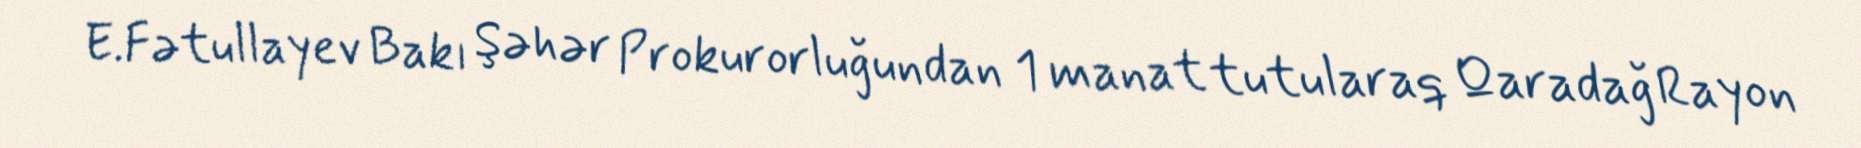
E.Fətullayev Bakı Şəhər Prokurorluğundan 1 manat tutularaq Qaradağ Rayon